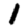
Digit: 1